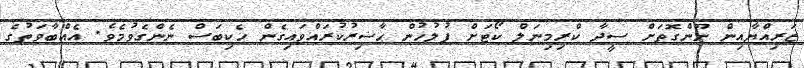
ޒަރިއްޔާއިން ނޫންގޮތަށް ސީދާ ކްރިމިނަލް ކޯޓަށް ފުލުހުން ޙާޟިރުކުރައްވައިގެން ހެކިބަސް ނެންގެވުމެވެ. އެއްބާވަތުގެ